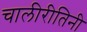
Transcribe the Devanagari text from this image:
चालीरीतिनी